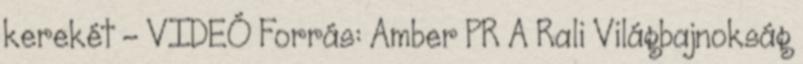
kerekét – VIDEÓ Forrás: Amber PR A Rali Világbajnokság